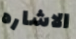
الاشاره